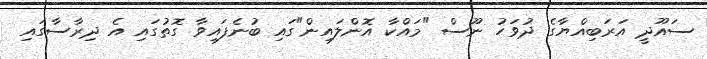
ސައޫދީ އަރަބިއްޔާގެ ދުވަހު ނޫސް "މައްކާ އޮންލައިން"ގައި ބުނެފައިވާ ގޮތުގައި އެ ދިރާސާގައި